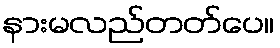
နားမလည်တတ်ပေ။